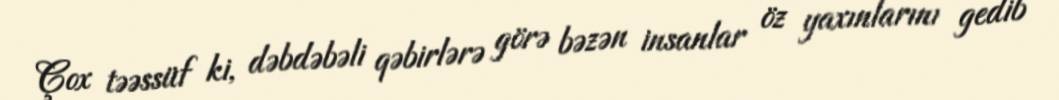
Çox təəssüf ki, dəbdəbəli qəbirlərə görə bəzən insanlar öz yaxınlarını gedib